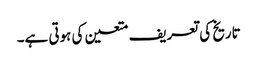
تاریخ کی تعریف متعین کی ہوتی ہے۔